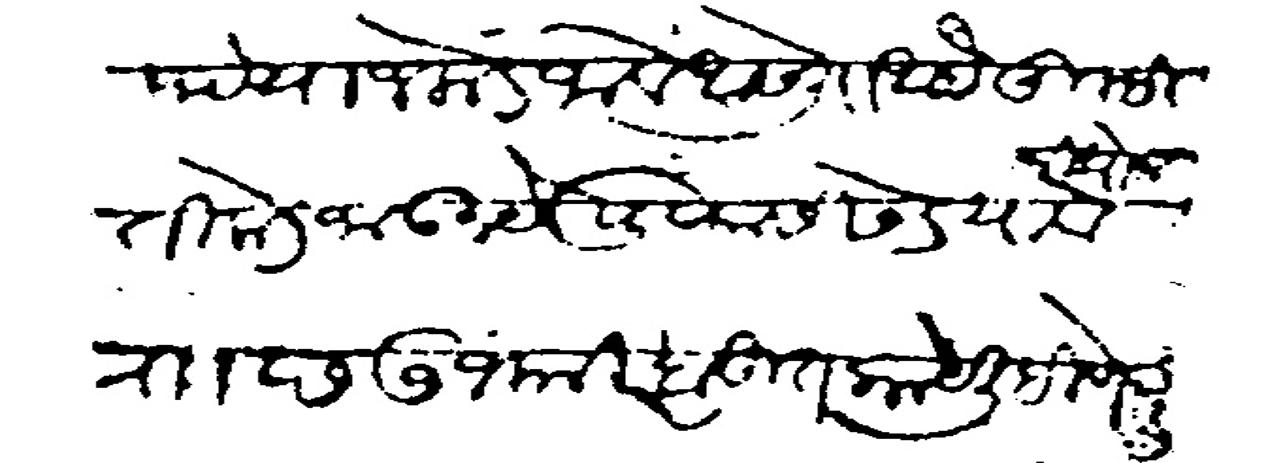
Transliteration (Devanagari): आपटे याजकडे जावे असे ली आहे तुम्ही तिकडे जाऊ नये पुण्यास सडे निघोन यावे राा छ७ जमादीलाखर बहुतकाये लिहीणे